Indian journal of veterinary science and animal husbandry - Volume 9,
Year: 1939
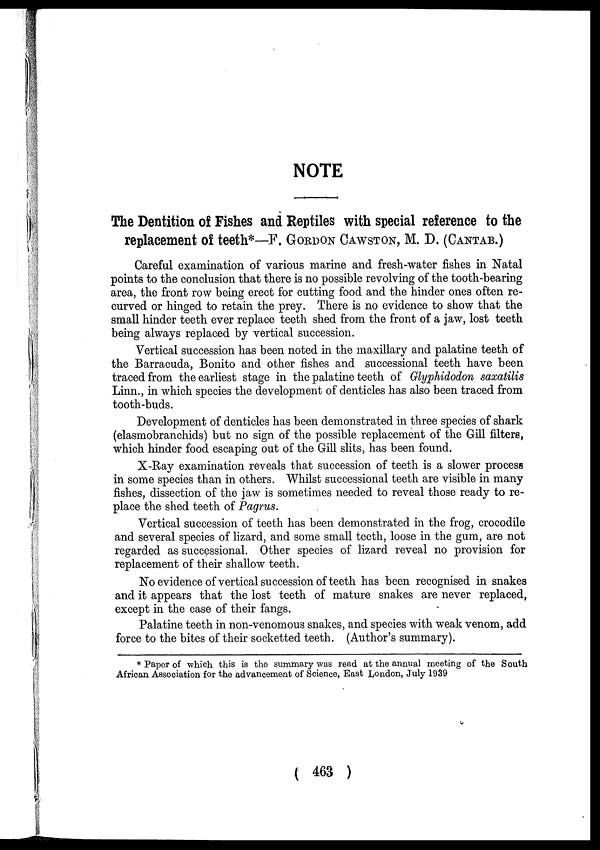
NOTE
The Dentition of Fishes and Reptiles with special reference to the
replacement of teeth*—F. GORDON CAWSTON, M. D. (CANTAB.)
Careful examination of various marine and fresh-water fishes in Natal
points to the conclusion that there is no possible revolving of the tooth-bearing
area, the front row being erect for cutting food and the hinder ones often re-
curved or hinged to retain the prey. There is no evidence to show that the
small hinder teeth ever replace teeth shed from the front of a jaw, lost teeth
being always replaced by vertical succession.
Vertical succession has been noted in the maxillary and palatine teeth of
the Barracuda, Bonito and other fishes and successional teeth have been
traced from the earliest stage in the palatine teeth of Glyphidodon saxatilis
Linn., in which species the development of denticles has also been traced from
tooth-buds.
Development of denticles has been demonstrated in three species of shark
(elasmobranchids) but no sign of the possible replacement of the Gill filters,
which hinder food escaping out of the Gill slits, has been found.
X-Ray examination reveals that succession of teeth is a slower process
in some species than in others. Whilst successional teeth are visible in many
fishes, dissection of the jaw is sometimes needed to reveal those ready to re-
place the shed teeth of Pagrus.
Vertical succession of teeth has been demonstrated in the frog, crocodile
and several species of lizard, and some small teeth, loose in the gum, are not
regarded as successional. Other species of lizard reveal no provision for
replacement of their shallow teeth.
No evidence of vertical succession of teeth has been recognised in snakes
and it appears that the lost teeth of mature snakes are never replaced,
except in the case of their fangs.
Palatine teeth in non-venomous snakes, and species with weak venom, add
force to the bites of their socketted teeth. (Author's summary).
* Paper of which this is the summary was read at the annual meeting of the South
African Association for the advancement of Science, East London, July 1939
( 463 )